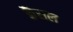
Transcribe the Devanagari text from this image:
कैंसल